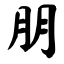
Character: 朋